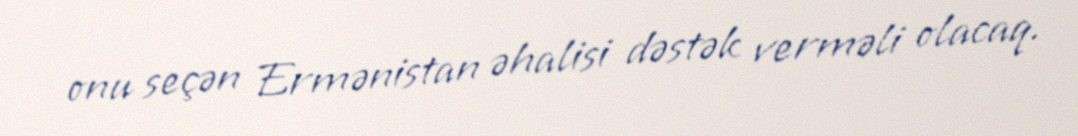
onu seçən Ermənistan əhalisi dəstək verməli olacaq.